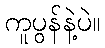
ကူပွန်နဲ့ပဲ။